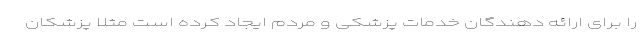
را برای ارائه دهندگان خدمات پزشکی و مردم ایجاد کرده است مثلا پزشکان